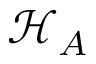
{ \mathcal { H } } _ { A }